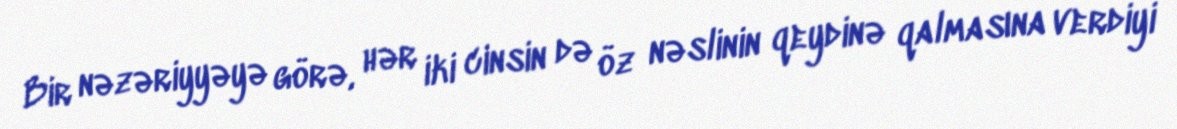
Bir nəzəriyyəyə görə, hər iki cinsin də öz nəslinin qeydinə qalmasına verdiyi